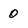
Character: 0